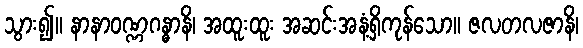
သွား၍။ နာနာဝဏ္ဏဂန္ဓာနိ၊ အထူးထူး အဆင်းအနံ့ရှိကုန်သော။ ဇလတလဇာနိ၊